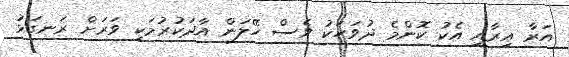
އަރާ އިރާއި އެކު ކޮންމެ ދުވަހަކު ވެސް ހޭލަން އާދަކުރުމަކީ ވަރަށް ރަނގަޅު